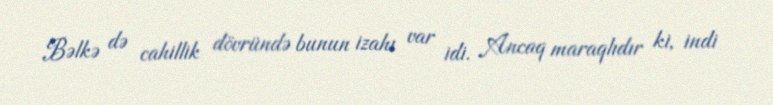
Bəlkə də cahillik dövründə bunun izahı var idi. Ancaq maraqlıdır ki, indi